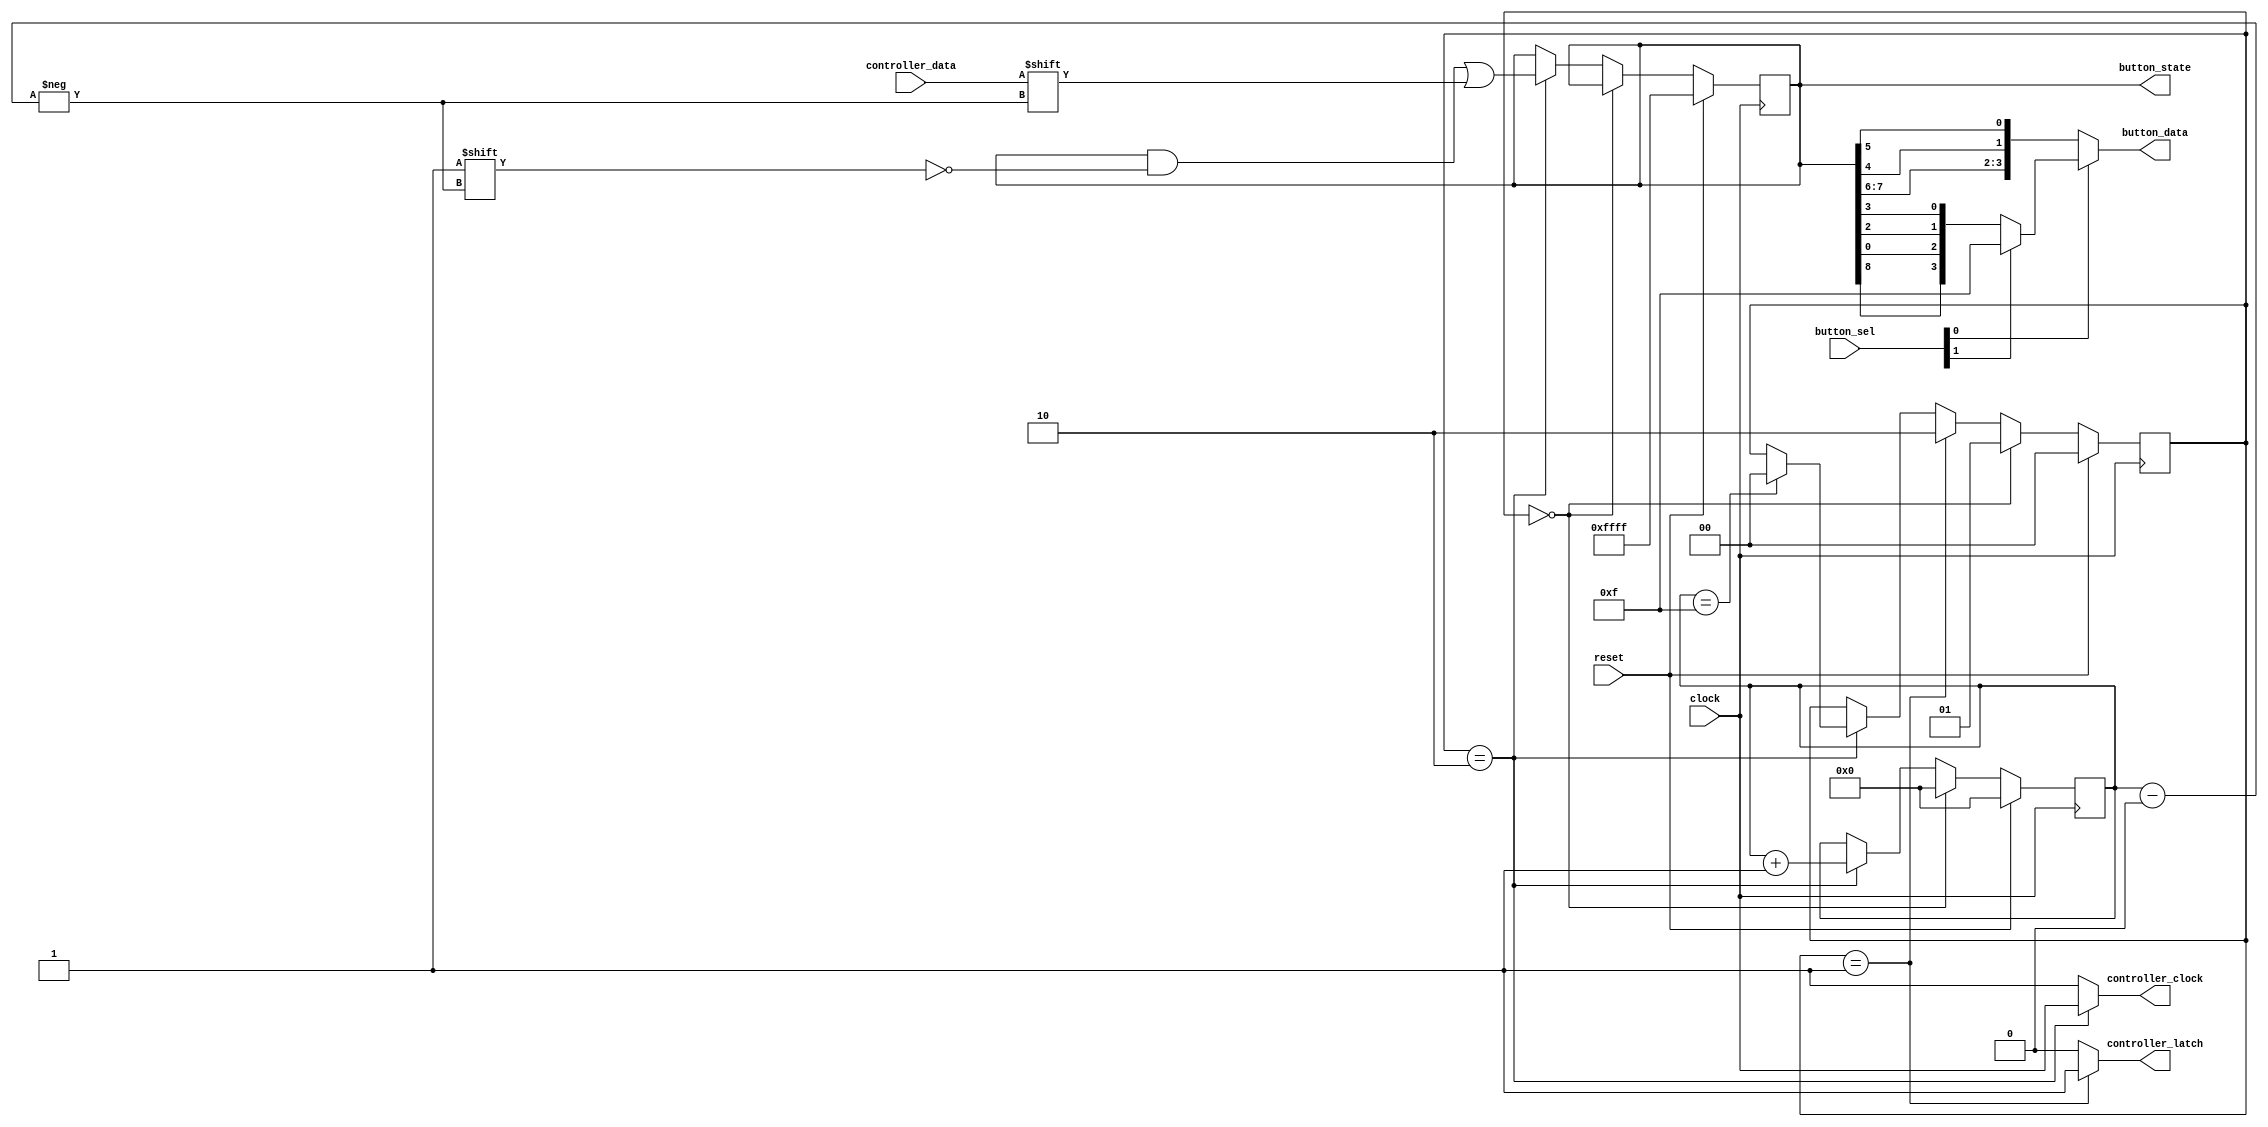
module joypad_snes_adapter(
  input  wire        clock,
  input  wire        reset,
  // to gameboy
  input  wire  [1:0] button_sel,
  output wire  [3:0] button_data,
  output reg  [15:0] button_state,
  // to controller
  input  wire        controller_data,
  output wire        controller_latch,
  output wire        controller_clock
);

  ////////////////////////////////////////////////////////
  // http://www.gamefaqs.com/snes/916396-snes/faqs/5395
  //
  // Note: This implementation does *not* match the
  //  timings specified in the documentation above.
  //  Instead, it uses a much simpler and slower 1KHz
  //  clock which provides pretty good responsiveness
  //  to button presses. Also note that the Atlys board
  //  only provides a 3.3V Vcc instead of the spec'd 5V.
  //
  // Note: Color of wires on my controller ext. cable
  //  Vcc (+5V) - Green
  //  Clock     - Blue
  //  Latch     - Yellow
  //  Data      - Red
  //  Ground    - Brown
  ////////////////////////////////////////////////////////

  parameter WAIT_STATE = 0;
  parameter LATCH_STATE = 1;
  parameter READ_STATE = 2;

  reg   [1:0] state;
  reg   [3:0] button_index;
  //reg  [15:0] button_state;
  
  /**
   * State transitions occur on the clock's positive edge.
   */
  always @(posedge clock) begin
    if (reset)
      state <= WAIT_STATE;
    else begin
      if (state == WAIT_STATE)
        state <= LATCH_STATE;
      else if (state == LATCH_STATE)
        state <= READ_STATE;
      else if (state == READ_STATE) begin
        if (button_index == 15)
          state <= WAIT_STATE;
      end
    end
  end
  
  /**
   * Button reading occurs on the negative edge to give
   * values from the controller time to settle.
   */
  always @(negedge clock) begin
    if (reset) begin
      button_index <= 4'b0;
      button_state <= 16'hFFFF;
    end else begin
      if (state == WAIT_STATE)
        button_index <= 4'b0;
      else if (state == READ_STATE) begin
        button_state[button_index] <= controller_data;
        button_index <= button_index + 1;
      end
    end
  end
  
  assign controller_latch = (state == LATCH_STATE) ? 1'b1 : 1'b0;
  assign controller_clock = (state == READ_STATE) ? clock : 1'b1;

  // button order is
  // B Y SELECT START UP DOWN LEFT RIGHT A X L R - - - -
  assign button_data =
    button_sel[0] == 1'b0 ? { button_state[7], button_state[6], button_state[4], button_state[5] } :
    button_sel[1] == 1'b0 ? { button_state[8], button_state[0], button_state[2], button_state[3] } : 4'b1111;

endmodule